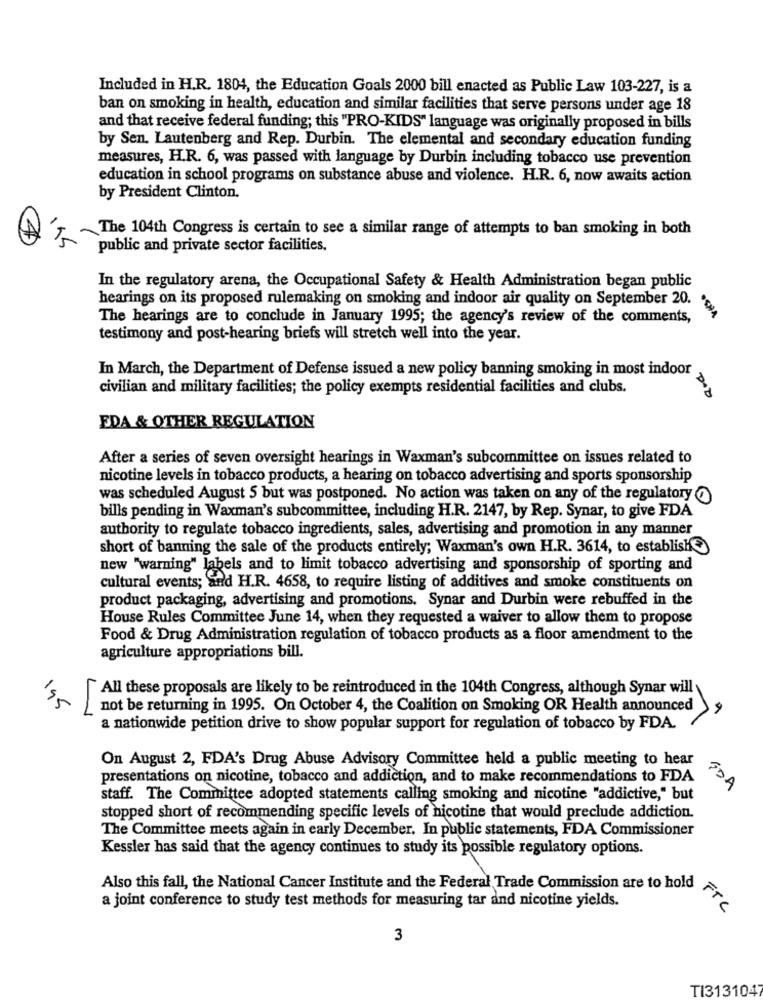
Included in H.R. 1804, the Education Goals 2000 bill enacted as Public Law 103-227, is a
ban on smoking in health, education and similar facilities that serve persons under age 18
and that receive federal funding; this "PRO-KIDS" language was originally proposed in bills
by Sen. Lautenberg and Rep. Durbin. The elemental and secondary education funding
measures, H.R. 6, was passed with language by Durbin including tobacco use prevention
education in school programs on substance abuse and violence. H.R. 6, now awaits action
by President Clinton.
The 104th Congress is certain to see a similar range of attempts to ban smoking in both
public and private sector facilities.
In the regulatory arena, the Occupational Safety & Health Administration began public
hearings on its proposed rulemaking on smoking and indoor air quality on September 20. 's,
The hearings are to conclude in January 1995; the agency's review of the comments,
testimony and post-hearing briefs will stretch well into the year.
In March, the Department of Defense issued a new policy banning smoking in most indoor
civilian and military facilities; the policy exempts residential facilities and clubs.
EDA & OTHER REGULATION
After a series of seven oversight hearings in Waxman's subcommittee on issues related to
nicotine levels in tobacco products, a hearing on tobacco advertising and sports sponsorship
was scheduled August 5 but was postponed. No action was taken on any of the regulatory @
bills pending in Waxman's subcommittee, including H.R. 2147, by Rep. Synar, to give FDA
authority to regulate tobacco ingredients, sales, advertising and promotion in any manner
short of banning the sale of the products entirely; Waxman's own H.R. 3614, to establish
new "warning" labels and to limit tobacco advertising and sponsorship of sporting and
cultural events; and H.R. 4658, to require listing of additives and smoke constituents on
product packaging, advertising and promotions. Synar and Durbin were rebuffed in the
House Rules Committee June 14, when they requested a waiver to allow them to propose
Food & Drug Administration regulation of tobacco products as a floor amendment to the
agriculture appropriations bill.
All these proposals are likely to be reintroduced in the 104th Congress, although Synar will
155
not be returning in 1995. On October 4, the Coalition on Smoking OR Health announced
a nationwide petition drive to show popular support for regulation of tobacco by FDA.
On August 2, FDA's Drug Abuse Advisory Committee held a public meeting to hear
presentations on nicotine, tobacco and addiction, and to make recommendations to FDA
SDA
staff. The Committee adopted statements calling smoking and nicotine "addictive," but
stopped short of recommending specific levels of nicotine that would preclude addiction.
The Committee meets again in early December. In public statements, FDA Commissioner
Kessler has said that the agency continues to study its possible regulatory options.
Also this fall, the National Cancer Institute and the Federal Trade Commission are to hold
a joint conference to study test methods for measuring tar and nicotine yields.
FTC
3
TI3131047